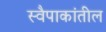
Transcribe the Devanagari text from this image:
स्वैपाकांतील